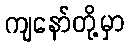
ကျနော်တို့မှာ